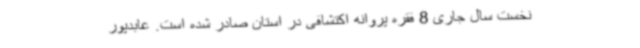
نخست سال جاری 8 فقره پروانه اکتشافی در استان صادر شده است. عابدپور